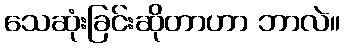
သေဆုံးခြင်းဆိုတာဟာ ဘာလဲ။